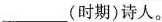
___(时期)诗人。